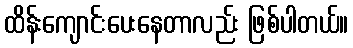
ထိန်းကျောင်းပေးနေတာလည်း ဖြစ်ပါတယ်။